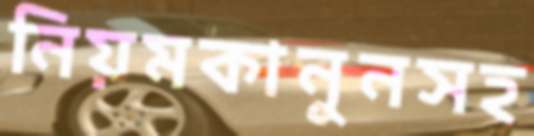
নিয়মকানুনসহ